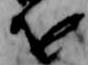
を